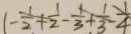
1 - \frac { 1 } { 2 } + \frac { 1 } { 2 } - \frac { 1 } { 3 } + \frac { 1 } { 3 } - \frac { 1 } { 4 }